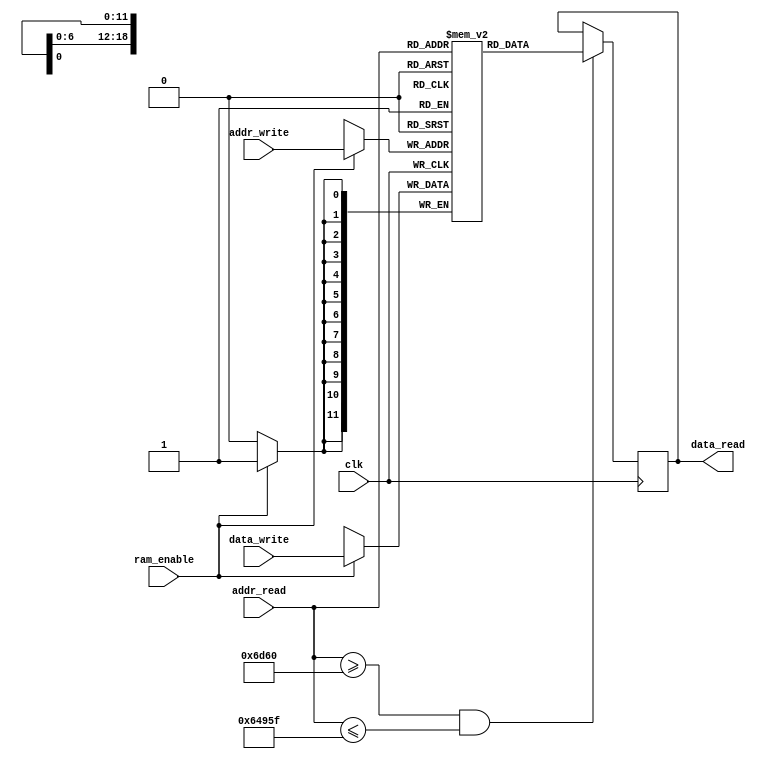
`timescale 1ns / 1ps


module RAM_Frame_Actual
    (
        input wire clk,
        input wire [18:0] addr_read,  
        input wire [18:0] addr_write,
        input wire ram_enable,
        input wire [11:0] data_write,
        output reg [11:0] data_read
           

    );
    
    reg [11:0] effective_memory [0:419999];  // 420k pixeli cu tot cu cei care nu vor fi afisati pe ecran 
    
    /*wire clk_25Mhz; 
    
    clk_divider m0
    (
        .clk(clk), 
        .divided_clk(clk_25Mhz)      
    );*/
        
    always@(posedge clk)
        begin
            if((addr_read >= 28000) && (addr_read <= 411999))
                begin
                    data_read = effective_memory[addr_read];
                end                     
        end
    
    always@(posedge clk)
        begin
            if(ram_enable)
                begin
                    effective_memory[addr_write] <= data_write; 
                end    
        end
endmodule